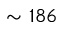
\sim 1 8 6